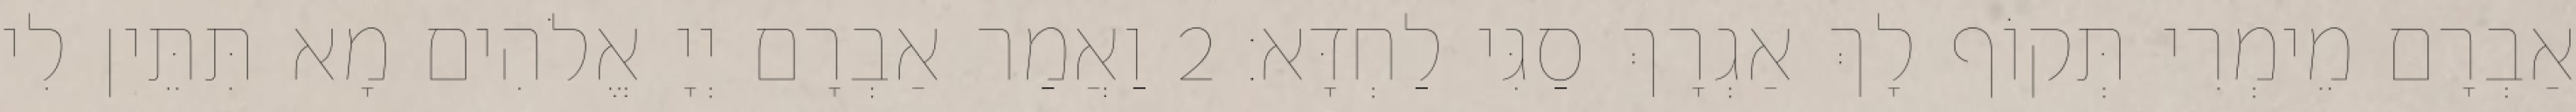
אַבְרָם מֵימְרִי תְּקוֹף לָךְ אַגְרָךְ סַגִּי לַחְדָּא׃ 2 וַאֲמַר אַבְרָם יְיָ אֱלֹהִים מָא תִּתֵּין לִי